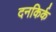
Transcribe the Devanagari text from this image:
दनकिर्क